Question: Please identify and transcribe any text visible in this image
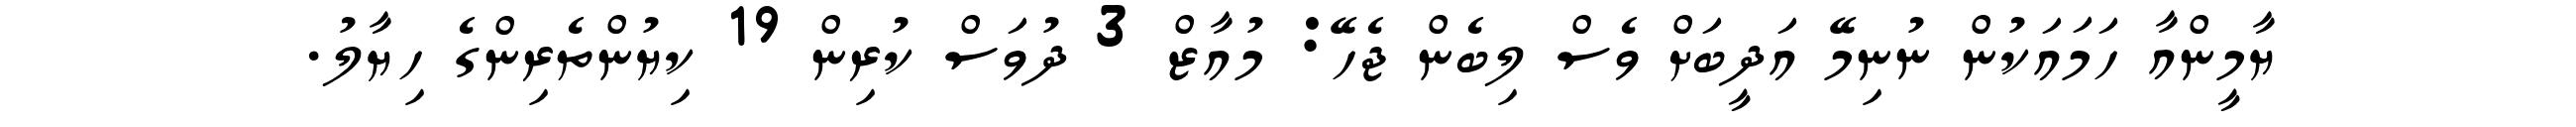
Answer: ޔާމީންއާ ހަމައަކުން ނުނިމޭ އަދީބަށް ވެސް ލިބެން ޖެހޭ: މުއާޒް 3 ދުވަސް ކުރިން 19 ކިޔުންތެރިންގެ ހިޔާލު.